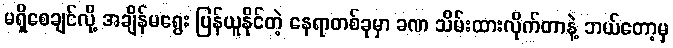
မရှိစေချင်လို့ အချိန်မရွေး ပြန်ယူနိုင်တဲ့ နေရာတစ်ခုမှာ ခဏ သိမ်းထားလိုက်တာနဲ့ ဘယ်တော့မှ